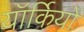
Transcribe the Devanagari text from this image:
यॉर्कियों